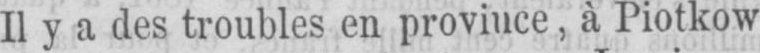
à Piotkow